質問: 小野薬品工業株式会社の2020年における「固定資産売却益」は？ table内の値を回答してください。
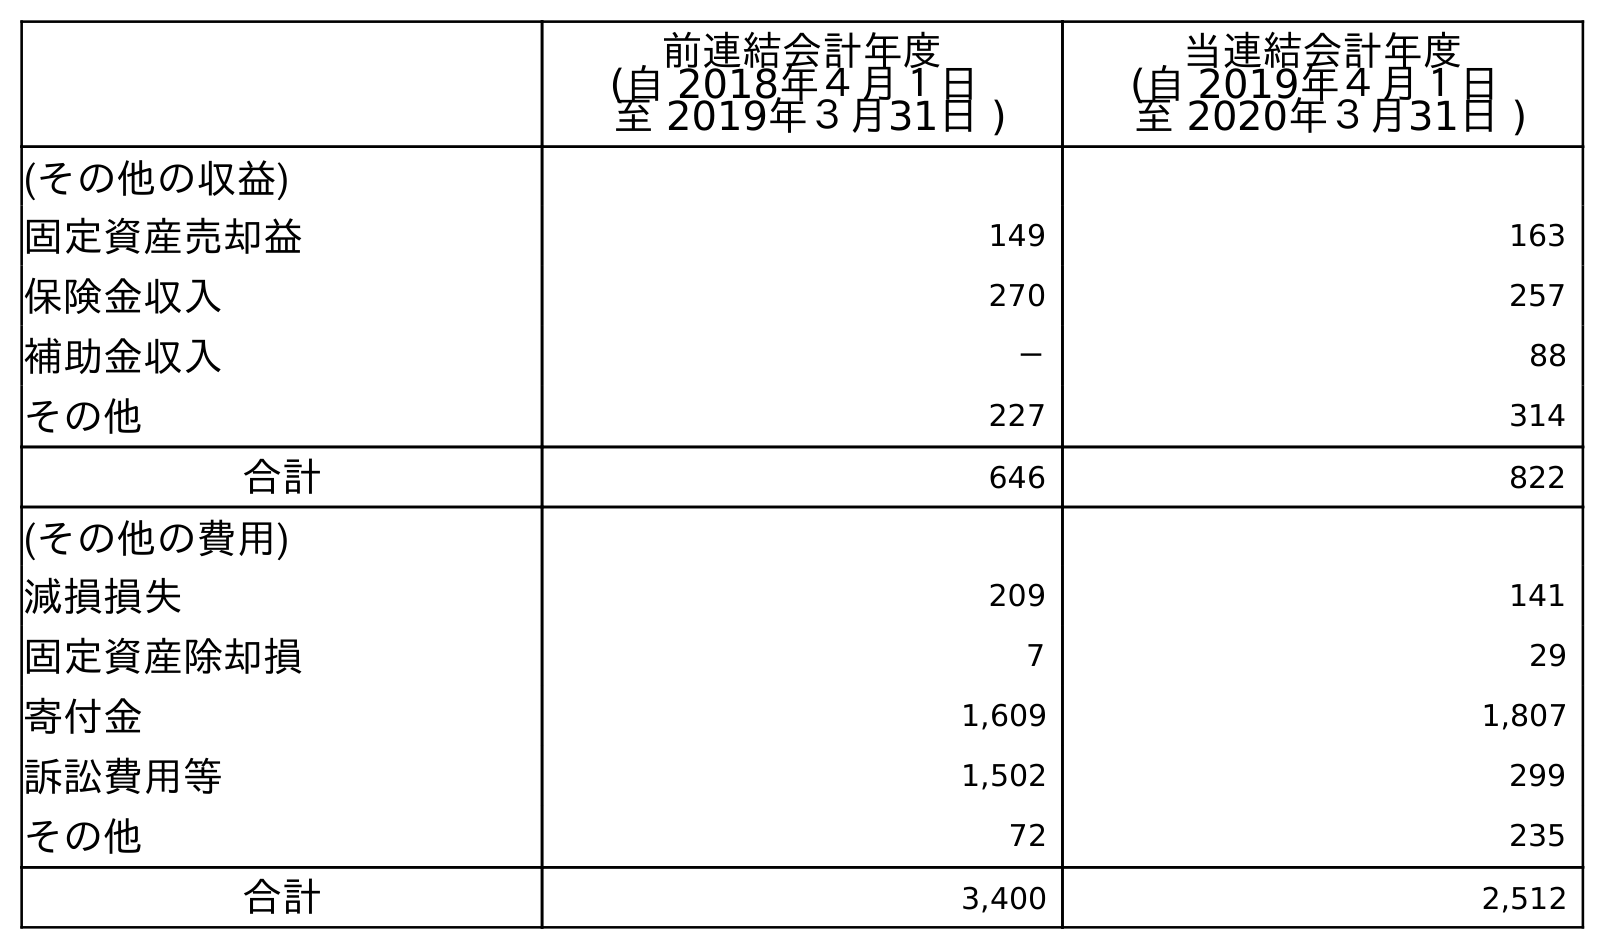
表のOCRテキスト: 前連結会計年度 (自 2018年４月１日 至 2019年３月31日 ) 当連結会計年度 (自 2019年４月１日 至 2020年３月31日 ) (その他の収益) 固定資産売却益 149 163 保険金収入 270 257 補助金収入 － 88 その他 227 314 合計 646 822 (その他の費用) 減損損失 209 141 固定資産除却損 7 29 寄付金 1,609 1,807 訴訟費用等 1,502 299 その他 72 235 合計 3,400 2,512
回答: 163